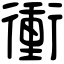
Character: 衝